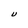
Character: U